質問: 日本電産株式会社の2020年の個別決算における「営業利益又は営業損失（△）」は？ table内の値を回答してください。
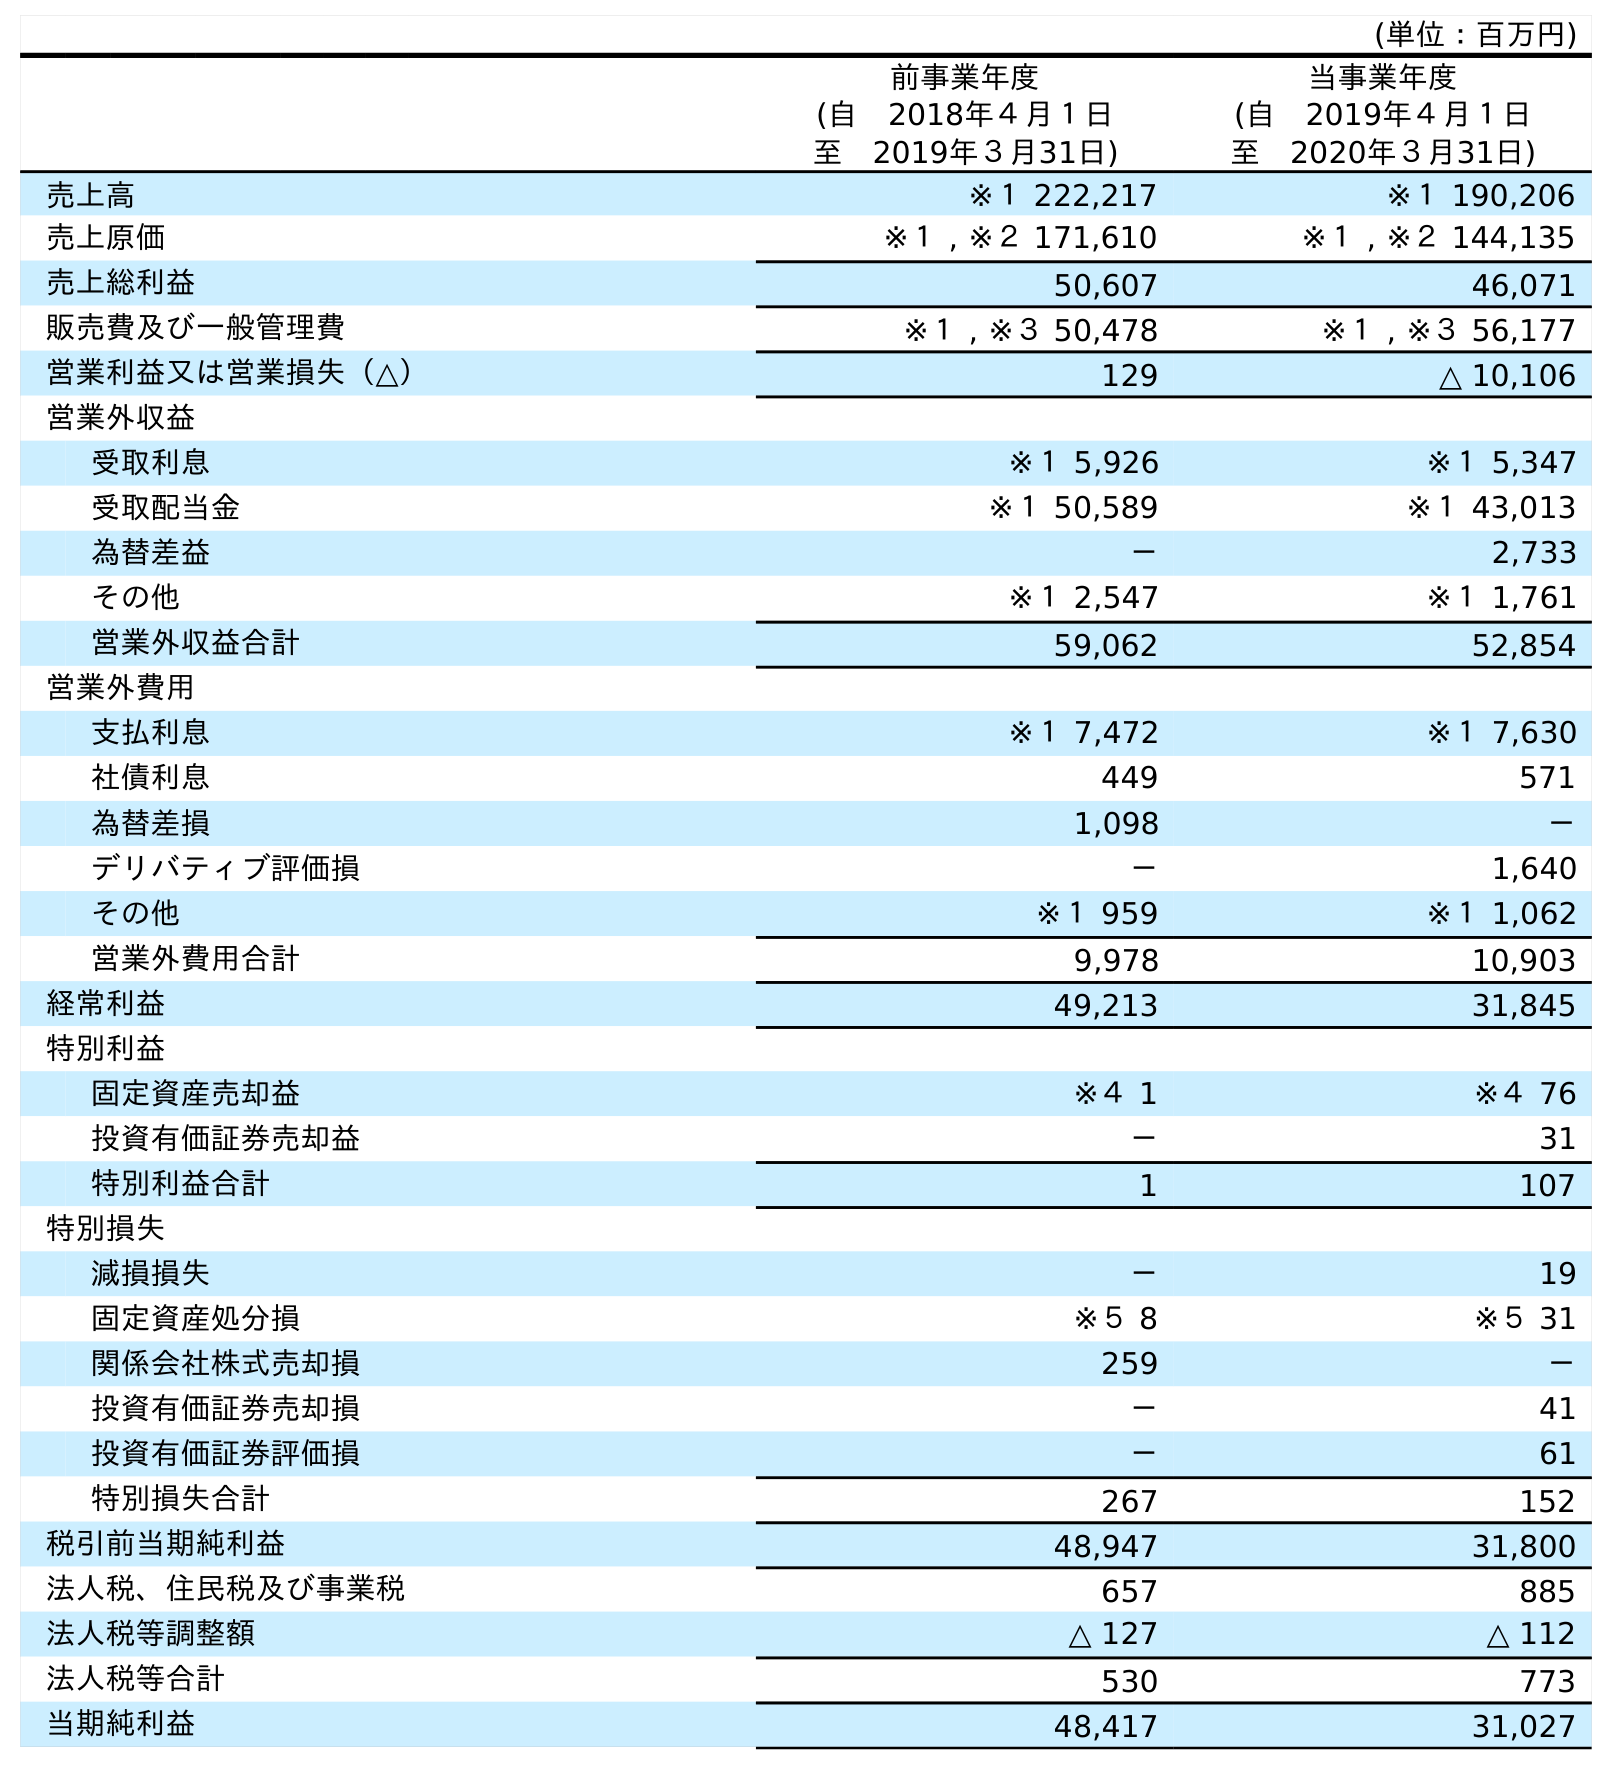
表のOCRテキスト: (単位：百万円) 前事業年度 (自 2018年４月１日 至 2019年３月31日) 当事業年度 (自 2019年４月１日 至 2020年３月31日) 売上高 ※１ 222,217 ※１ 190,206 売上原価 ※１ , ※２ 171,610 ※１ , ※２ 144,135 売上総利益 50,607 46,071 販売費及び一般管理費 ※１ , ※３ 50,478 ※１ , ※３ 56,177 営業利益又は営業損失（△） 129 △ 10,106 営業外収益 受取利息 ※１ 5,926 ※１ 5,347 受取配当金 ※１ 50,589 ※１ 43,013 為替差益 － 2,733 その他 ※１ 2,547 ※１ 1,761 営業外収益合計 59,062 52,854 営業外費用 支払利息 ※１ 7,472 ※１ 7,630 社債利息 449 571 為替差損 1,098 － デリバティブ評価損 － 1,640 その他 ※１ 959 ※１ 1,062 営業外費用合計 9,978 10,903 経常利益 49,213 31,845 特別利益 固定資産売却益 ※４ 1 ※４ 76 投資有価証券売却益 － 31 特別利益合計 1 107 特別損失 減損損失 － 19 固定資産処分損 ※５ 8 ※５ 31 関係会社株式売却損 259 － 投資有価証券売却損 － 41 投資有価証券評価損 － 61 特別損失合計 267 152 税引前当期純利益 48,947 31,800 法人税、住民税及び事業税 657 885 法人税等調整額 △ 127 △ 112 法人税等合計 530 773 当期純利益 48,417 31,027
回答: △10,106